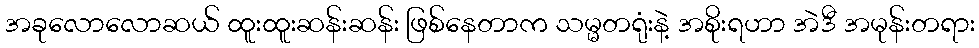
အခုလောလောဆယ် ထူးထူးဆန်းဆန်း ဖြစ်နေတာက သမ္မတရုံးနဲ့ အစိုးရဟာ အဲဒီ အမုန်းတရား